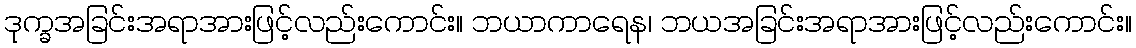
ဒုက္ခအခြင်းအရာအားဖြင့်လည်းကောင်း။ ဘယာကာရေန၊ ဘယအခြင်းအရာအားဖြင့်လည်းကောင်း။